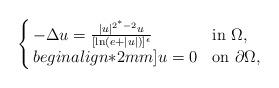
LaTeX: \begin{align*}\left\{ \arraycolsep=1.5pt \begin{array}{lll}-\Delta u =\frac{|u|^{2^*-2}u}{[\ln(e+|u|)]^\epsilon}\ \ &{\rm in}\ \Omega, \\begin{align*}2mm]u= 0 \ \ & {\rm on}\ \partial\Omega,\end{array}\right.\end{align*}